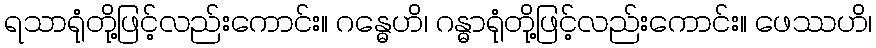
ရသာရုံတို့ဖြင့်လည်းကောင်း။ ဂန္ဓေဟိ၊ ဂန္ဓာရုံတို့ဖြင့်လည်းကောင်း။ ဖေဿဟိ၊